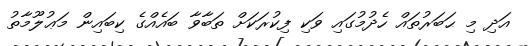
އަދި މި ޙަބަރުތައް ހެދުމުގައި ވަކި ފިކުރަކަށް ތަބާވާ ބައެއްގެ ކިބައިން މަޢުލޫމާތު